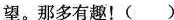
望。那多有趣！()